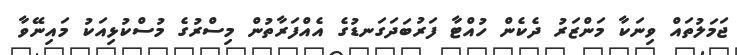
ޖަމަލުތައް ވިނަކާ މަންޒަރު ދެކެން ހުއްޓާ ފަރުބަދަގަނޑުގެ އެއްފަރާތުން މިސްރުގެ މުސްކުޅިއަކު މައިނޭވާ